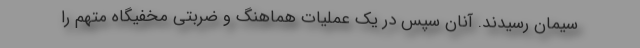
سیمان رسیدند. آنان سپس در یک عملیات هماهنگ و ضربتی مخفیگاه متهم را